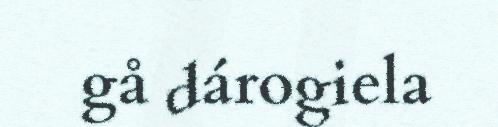
gå dárogiela